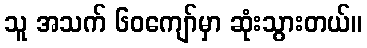
သူ အသက် ၆၀ကျော်မှာ ဆုံးသွားတယ်။